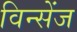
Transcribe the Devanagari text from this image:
विन्सेंज